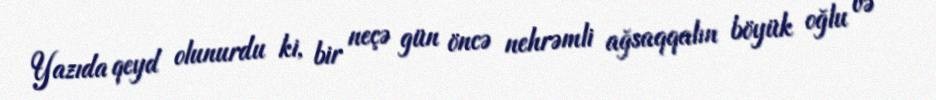
Yazıda qeyd olunurdu ki, bir neçə gün öncə nehrəmli ağsaqqalın böyük oğlu və